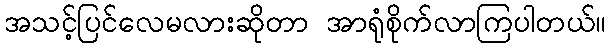
အသင့်ပြင်လေမလားဆိုတာ အာရုံစိုက်လာကြပါတယ်။